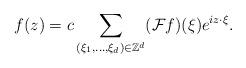
LaTeX: \begin{align*} f(z)=c \sum_{(\xi_{1},\ldots,\xi_{d})\in \mathbb{Z}^d} (\mathcal{F} f)(\xi)e^{iz\cdot \xi}.\end{align*}